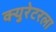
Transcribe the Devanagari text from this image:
क्युरेटरला